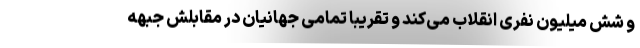
و شش میلیون نفری انقلاب می‌کند و تقریباً تمامی جهانیان در مقابلش جبهه